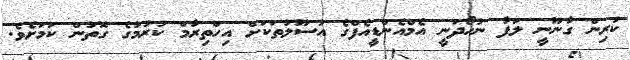
ކުރިން ގާނޫނީ ލަފާ ނުހޯދަނީ އެމްއެންޑީއެފްގެ އުސޫލުތަކަށް އިހްތިރާމް ކުރުމުގެ ގޮތުން ކަމަށެވެ.